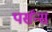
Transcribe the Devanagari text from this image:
पर्संन्स